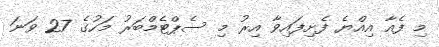
މި ފެއާ އިއްޔެ ފެށިފައިވާ އިރު މި ސެޕްޓެމްބަރު މަހުގެ 27 ވަނަ